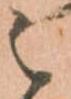
之